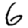
Digit: 6